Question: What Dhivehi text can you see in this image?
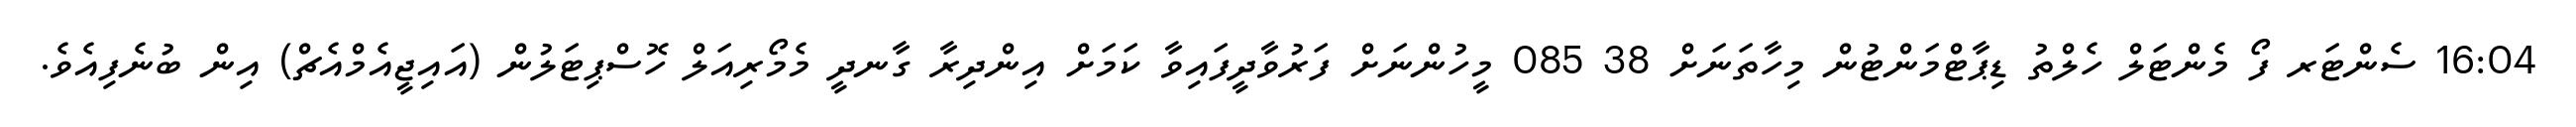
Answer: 16:04 ސެންޓަރ ފޯ މެންޓަލް ހެލްތު ޑިޕާޓްމަންޓުން މިހާތަނަށް 38 085 މީހުންނަށް ފަރުވާދީފައިވާ ކަމަށް އިންދިރާ ގާނދީ މެމޯރިއަލް ހޮސްޕިޓަލުން (އައިޖީއެމްއެޗް) އިން ބުނެފިއެވެ.